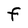
Character: F